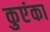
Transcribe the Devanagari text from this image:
कुएंका